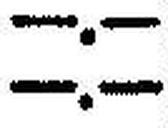
—.—